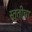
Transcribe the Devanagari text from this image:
स्तुतीचा